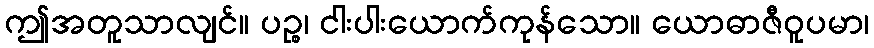
ဤအတူသာလျင်။ ပဉ္စ၊ ငါးပါးယောက်ကုန်သော။ ယောဓာဇီဝူပမာ၊